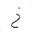
Letter: _kha